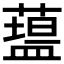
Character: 𥂯